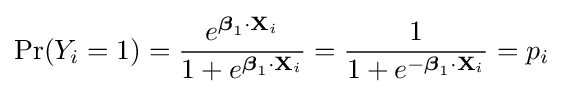
\Pr(Y_{i}=1)={\frac {e^{{\boldsymbol {\beta }}_{1}\cdot \mathbf {X} _{i}}}{1+e^{{\boldsymbol {\beta }}_{1}\cdot \mathbf {X} _{i}}}}={\frac {1}{1+e^{-{\boldsymbol {\beta }}_{1}\cdot \mathbf {X} _{i}}}}=p_{i}